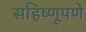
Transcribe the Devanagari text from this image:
सहिष्णूपणे